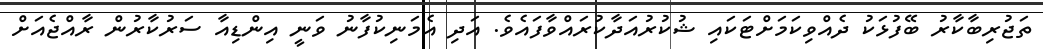
ތަޖުރިބާކާރު ބޭފުޅަކު ދެއްވިކަމަށްޓަކައި ޝުކުރުއަދާކުރައްވާފައެވެ. އަދި އެމަނިކުފާނު ވަނީ އިންޑިއާ ސަރުކާރުން ރާއްޖެއަށް